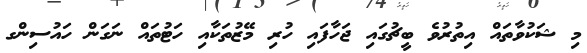
މި ޝަކުވާތައް އިތުރުވެ ބީޗުގައި ޖަހާފައި ހުރި މޭޒުތަކާއި ހަޓުތައް ނަގަން ހައުސިންގ